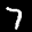
Label: 7